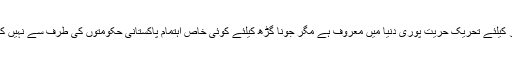
کشمیر کیلئے تحریک حریت پوری دنیا میں معروف ہے مگر جونا گڑھ کیلئے کوئی خاص اہتمام پاکستانی حکومتوں کی طرف سے نہیں کیا گیا۔